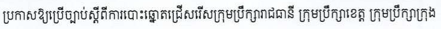
ប្រកាសឱ្យប្រើច្បាប់ស្តីពីការបោះឆ្នោតជ្រើសរើសក្រុមប្រឹក្សារាជធានី ក្រុមប្រឹក្សាខេត្ត ក្រុមប្រឹក្សាក្រុង